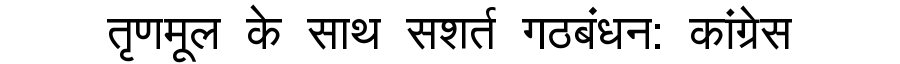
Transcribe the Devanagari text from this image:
तृणमूल के साथ सशर्त गठबंधन: कांग्रेस